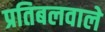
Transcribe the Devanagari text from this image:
प्रतिबलवाले